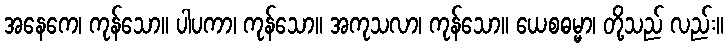
အနေကေ၊ ကုန်သော။ ပါပကာ၊ ကုန်သော။ အကုသလာ၊ ကုန်သော။ ယေစဓမ္မာ၊ တို့သည် လည်း။